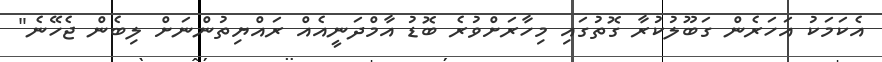
އެކަމަކު އަހަރެން ގަބޫލުކުރާ ގޮތުގައި މިހާރަށްވުރެ ބޮޑު އާމްދަނީއެއް ރައްޔިތުންނަށް ލިބެން ޖެހޭނެ"